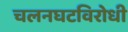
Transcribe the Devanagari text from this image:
चलनघटविरोधी